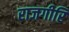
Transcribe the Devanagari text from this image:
राजगीरि